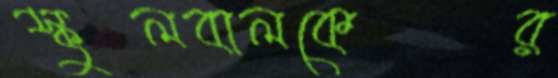
স্কুলবালকের